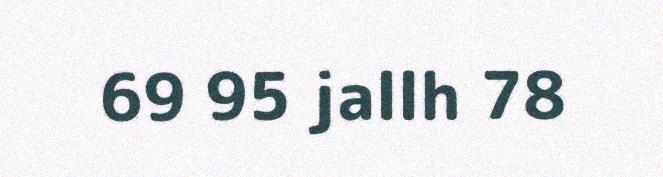
69 95 jallh 78